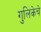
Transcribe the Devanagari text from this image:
गुलिकेचे